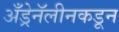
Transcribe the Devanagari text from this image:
अँड्रेनॅलीनकडून